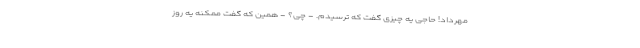
مهرداد! حاجی یه چیزی گفت که ترسیدم. - چی؟ - همین که گفت ممکنه یه روز